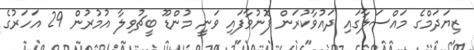
ޒިޔަދަމްގެ މައްސަލާގައި ދައުވާކުރަން ފޮނުވާފައި ވަނީ މުންޑޫ ބީޗުވިލާ އުމުރުން 29 އަހަރުގެ